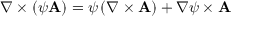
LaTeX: \nabla \times \left( \psi \mathbf { A } \right) = \psi \, ( \nabla \times \mathbf { A } ) + \nabla \psi \times \mathbf { A }